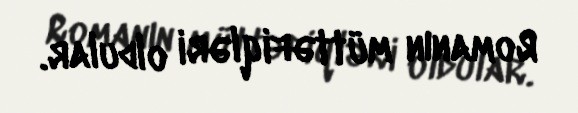
Romanın müttəfiqləri oldular.